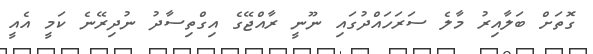
ގޮތަށް ބަލާއިރު މާލެ ސަރަހައްދުގައި ނޫނީ ރާއްޖޭގެ އިގްތިސާދު ނުދިރޭނެ ކަމީ އެއީ